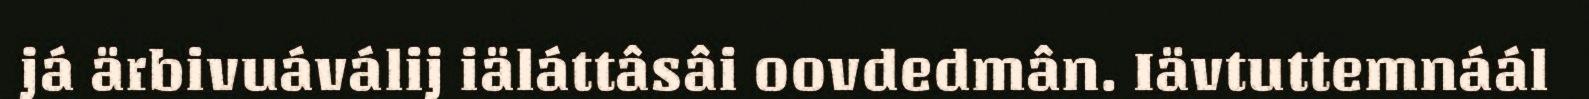
já ärbivuáválij iäláttâsâi oovdedmân. Iävtuttemnáál